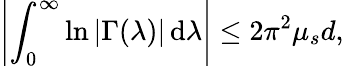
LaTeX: \left|\int_{0}^{\infty}\ln{|\Gamma(\lambda)|}\, \mathrm{d}\lambda\right|\leq 2\pi^{2}\mu_{s}d,